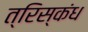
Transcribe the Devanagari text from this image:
त्रिस्कंध